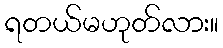
ရတယ်မဟုတ်လား။